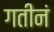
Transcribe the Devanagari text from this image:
गतीनं